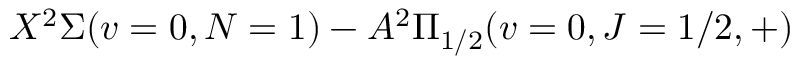
X ^ { 2 } \Sigma ( v = 0 , N = 1 ) - A ^ { 2 } \Pi _ { 1 / 2 } ( v = 0 , J = 1 / 2 , + )